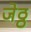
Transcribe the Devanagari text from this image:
जेठ्ठ